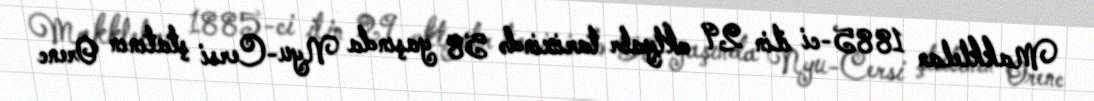
Makklelan 1885-ci ilin 29 oktyabr tarixində 58 yaşında Nyu-Cersi ştatının Orenc